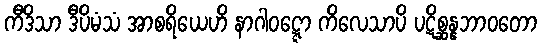
ကီဒိသာ ဒီပိမံသံ အာစရိယေဟိ နာဂါဝဋ္ဋော ကိလေသာပိ ပဋိစ္ဆန္နဘာဝတော